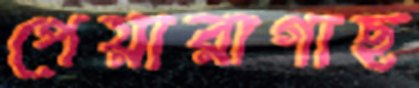
পেয়ারাগাছ